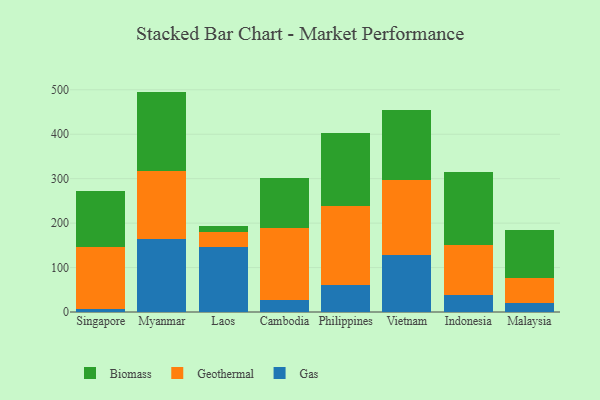
{"axis": {"x": "Country", "y": "Conversion Rate (%)"}, "legend": ["Biomass", "Gas", "Geothermal"], "data": [{"x": "Singapore", "y": 6.8, "type": "Gas"}, {"x": "Singapore", "y": 140.1, "type": "Geothermal"}, {"x": "Singapore", "y": 126.4, "type": "Biomass"}, {"x": "Myanmar", "y": 164.6, "type": "Gas"}, {"x": "Myanmar", "y": 153.2, "type": "Geothermal"}, {"x": "Myanmar", "y": 178.1, "type": "Biomass"}, {"x": "Laos", "y": 147.2, "type": "Gas"}, {"x": "Laos", "y": 33.1, "type": "Geothermal"}, {"x": "Laos", "y": 14.2, "type": "Biomass"}, {"x": "Cambodia", "y": 27.6, "type": "Gas"}, {"x": "Cambodia", "y": 160.6, "type": "Geothermal"}, {"x": "Cambodia", "y": 113.6, "type": "Biomass"}, {"x": "Philippines", "y": 61.4, "type": "Gas"}, {"x": "Philippines", "y": 178.0, "type": "Geothermal"}, {"x": "Philippines", "y": 163.7, "type": "Biomass"}, {"x": "Vietnam", "y": 129.2, "type": "Gas"}, {"x": "Vietnam", "y": 168.1, "type": "Geothermal"}, {"x": "Vietnam", "y": 157.9, "type": "Biomass"}, {"x": "Indonesia", "y": 37.6, "type": "Gas"}, {"x": "Indonesia", "y": 114.1, "type": "Geothermal"}, {"x": "Indonesia", "y": 163.4, "type": "Biomass"}, {"x": "Malaysia", "y": 19.5, "type": "Gas"}, {"x": "Malaysia", "y": 57.3, "type": "Geothermal"}, {"x": "Malaysia", "y": 107.3, "type": "Biomass"}]}